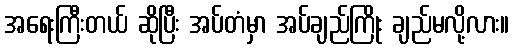
အရေးကြီးတယ် ဆိုပြီး အပ်တံမှာ အပ်ချည်ကြိုး ချည်မလို့လား။